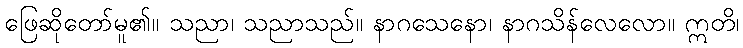
ဖြေဆိုတော်မူ၏။ သညာ၊ သညာသည်။ နာဂသေနော၊ နာဂသိန်လေလော။ ဣတိ၊